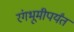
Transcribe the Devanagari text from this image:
रंगभूमीपर्यंत